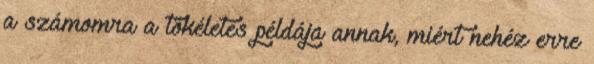
a számomra a tökéletes példája annak, miért nehéz erre